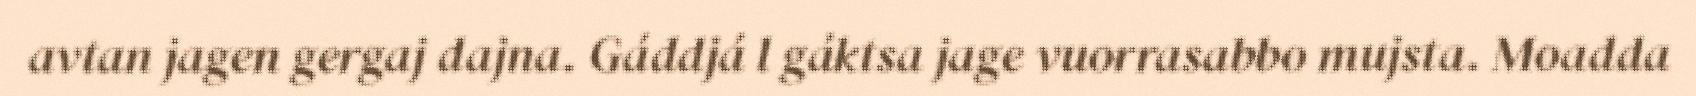
avtan jagen gergaj dajna. Gáddjá l gáktsa jage vuorrasabbo mujsta. Moadda